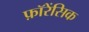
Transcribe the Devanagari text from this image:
फ़ॉरेंसिक